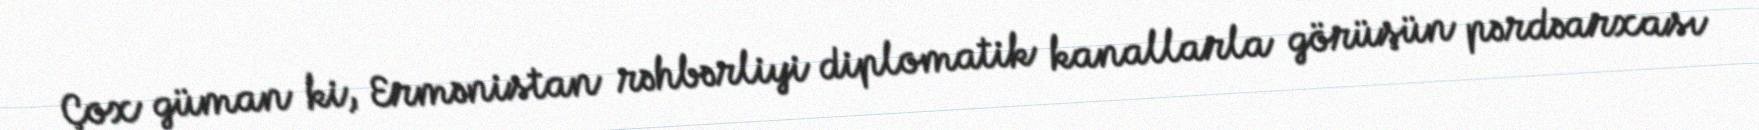
Çox güman ki, Ermənistan rəhbərliyi diplomatik kanallarla görüşün pərdəarxası